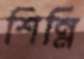
শিন্নি